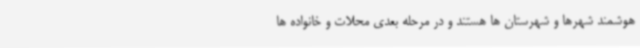
هوشمند شهرها و شهرستان ها هستند و در مرحله بعدی محلات و خانواده ها